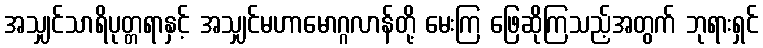
အသျှင်သာရိပုတ္တရာနှင့် အသျှင်မဟာမောဂ္ဂလာန်တို့ မေးကြ ဖြေဆိုကြသည့်အတွက် ဘုရားရှင်